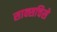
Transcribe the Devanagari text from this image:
साक्सचिसे